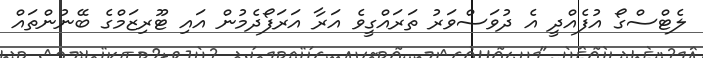
ލެޓްސްގޯ އުފެއްދީ އެ ދުވަސްވަރު ތަރައްގީވެ އަރާ އަރަފޯދެމުން އައި ޓޫރިޒަމްގެ ބޭނުންތައް